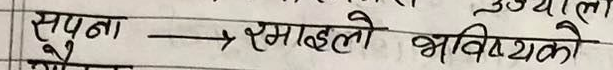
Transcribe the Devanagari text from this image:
सपना → रमाइलो भविष्यको